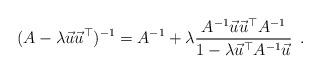
LaTeX: \begin{align*}(A - \lambda \vec u \vec u^\top)^{-1} = A^{-1} + \lambda \dfrac{A^{-1} \vec u \vec u^{\top} A^{-1}}{1 - \lambda\vec u^\top A^{-1} \vec u}\enspace .\end{align*}